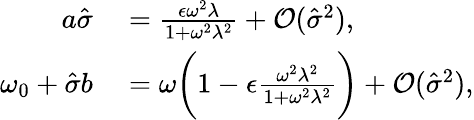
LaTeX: \begin{array}{rl}{a\hat{\sigma}}&{{}=\frac{\epsilon\omega^{2}\lambda}{1+\omega^{2}\lambda^{2}}+\mathcal{O}(\hat{\sigma}^{2}),}\\ {\omega_{0}+\hat{\sigma}b}&{{}=\omega\bigg(1-\epsilon\frac{\omega^{2}\lambda^{2}}{1+\omega^{2}\lambda^{2}}\bigg)+\mathcal{O}(\hat{\sigma}^{2}),}\end{array}